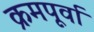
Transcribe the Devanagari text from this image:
क्रमपूर्वा